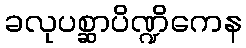
ခလုပစ္ဆာပိဏ္ဍိကေန